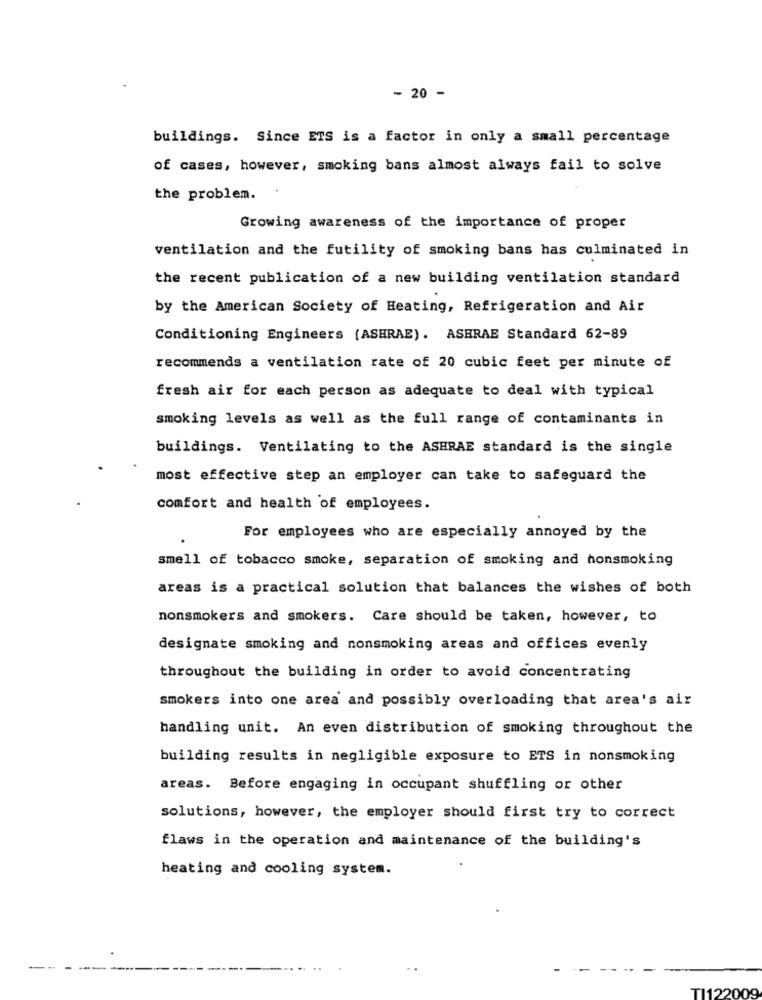
- 20 -
buildings. Since ETS is a factor in only a small percentage
of cases, however, smoking bans almost always fail to solve
the problem.
Growing awareness of the importance of proper
ventilation and the futility of smoking bans has culminated in
the recent publication of a new building ventilation standard
by the American Society of Heating, Refrigeration and Air
Conditioning Engineers (ASHRAE). ASHRAE Standard 62-89
recommends a ventilation rate of 20 cubic feet per minute of
fresh air for each person as adequate to deal with typical
smoking levels as well as the full range of contaminants in
buildings. Ventilating to the ASHRAE standard is the single
most effective step an employer can take to safeguard the
comfort and health of employees.
For employees who are especially annoyed by the
smell of tobacco smoke, separation of smoking and honsmoking
areas is a practical solution that balances the wishes of both
nonsmokers and smokers. Care should be taken, however, to
designate smoking and nonsmoking areas and offices evenly
throughout the building in order to avoid concentrating
smokers into one area and possibly overloading that area's air
handling unit. An even distribution of smoking throughout the
building results in negligible exposure to ETS in nonsmoking
areas. Before engaging in occupant shuffling or other
solutions, however, the employer should first try to correct
flaws in the operation and maintenance of the building's
heating and cooling system.
2009